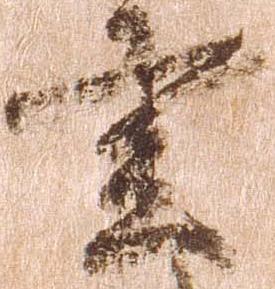
主